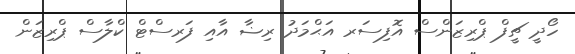
ހޯދީ ޗީފް ޕްރިޒަންސް އޮފިސަރ އަޙްމަދު ރިޟާ އާއި ފަރސްޓް ކްލާސް ޕްރިޒަން